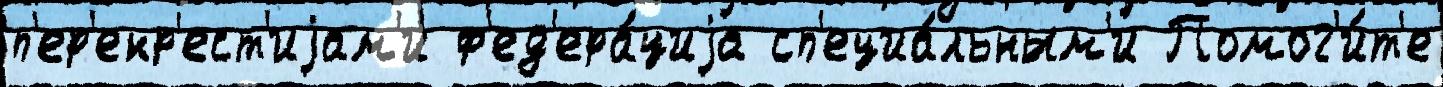
п'ер'екр'ест'иjам'и ф'ед'ера́циjа сп'ециа́льным'и Помог'и́т'е